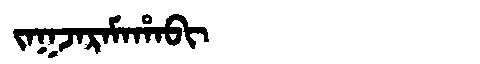
Manchu: ᠵᠠᡴᠵᠠᡵᠠᠮᠠᡥᠠᠪᡳ
Romanization: JAKJARAMAHABI